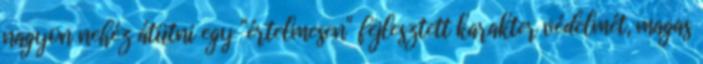
nagyon nehéz átütni egy "értelmesen" fejlesztett karakter védelmét, magas